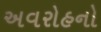
અવરોહનો